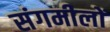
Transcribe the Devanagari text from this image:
संगमीलों